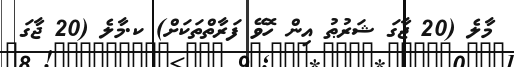
މާލެ (20 ޖާގަ ޝަރުޠު އިން ހޮވޭ ފަރާތްތަކަށް) ކ.މާލެ (20 ޖާގަ